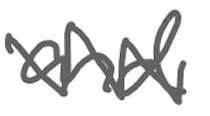
Text: and
Cross-out: zig-zag
Writing tool: digital_gray